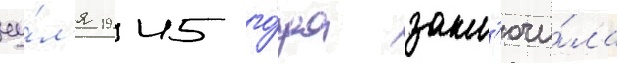
иу́л'я 1945 го́да закл'ючи́ла